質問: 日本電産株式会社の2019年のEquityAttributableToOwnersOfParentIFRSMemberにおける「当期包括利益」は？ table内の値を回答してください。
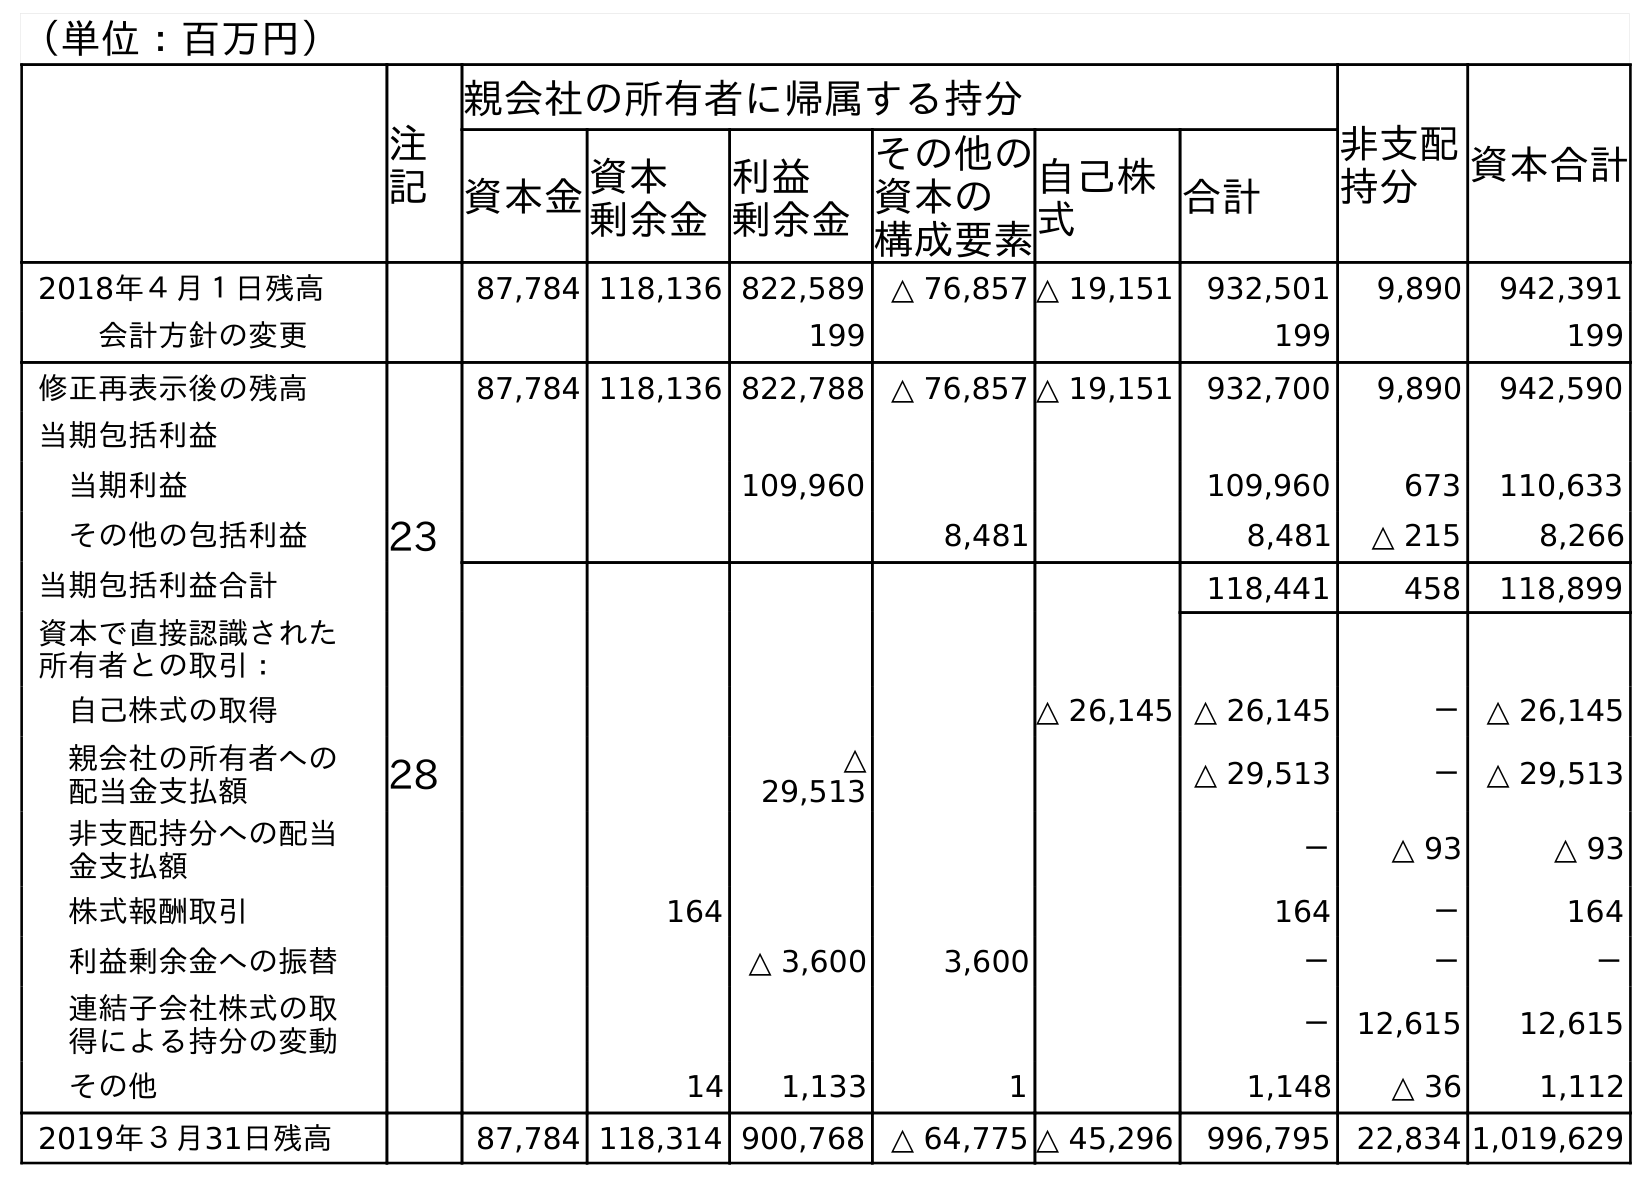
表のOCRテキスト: （単位：百万円） 注 記 親会社の所有者に帰属する持分 非支配 持分 資本合計 資本金資本 剰余金 利益 剰余金 その他の 資本の 構成要素 自己株 式 合計 2018年４月１日残高 87,784 118,136 822,589 △ 76,857 △ 19,151 932,501 9,890 942,391 会計方針の変更 199 199 199 修正再表示後の残高 87,784 118,136 822,788 △ 76,857 △ 19,151 932,700 9,890 942,590 当期包括利益 当期利益 109,960 109,960 673 110,633 その他の包括利益 23 8,481 8,481 △ 215 8,266 当期包括利益合計 118,441 458 118,899 資本で直接認識された 所有者との取引： 自己株式の取得 △ 26,145 △ 26,145 － △ 26,145 親会社の所有者への 配当金支払額 28 △ 29,513 △ 29,513 － △ 29,513 非支配持分への配当 金支払額 － △ 93 △ 93 株式報酬取引 164 164 － 164 利益剰余金への振替 △ 3,600 3,600 － － － 連結子会社株式の取 得による持分の変動 － 12,615 12,615 その他 14 1,133 1 1,148 △ 36 1,112 2019年３月31日残高 87,784 118,314 900,768 △ 64,775 △ 45,296 996,795 22,834 1,019,629
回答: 118,441